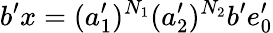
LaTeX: b^{\prime}x=(a_{1}^{\prime})^{N_{1}}(a_{2}^{\prime})^{N_{2}}b^{\prime}e_{0}^{\prime}